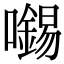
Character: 𡃶